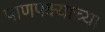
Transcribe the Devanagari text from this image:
पाणपक्ष्याच्या